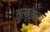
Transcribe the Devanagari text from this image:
वुल्तान